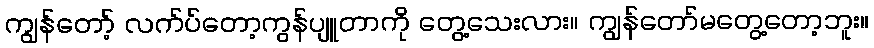
ကျွန်တော့် လက်ပ်တော့ကွန်ပျူတာကို တွေ့သေးလား။ ကျွန်တော်မတွေ့တော့ဘူး။